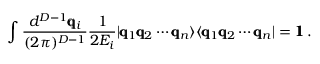
\int \frac { d ^ { D - 1 } \pmb { \mathrm { q } } _ { i } } { ( 2 \pi ) ^ { D - 1 } } \frac { 1 } { 2 E _ { i } } | \pmb { \mathrm { q } } _ { 1 } \pmb { \mathrm { q } } _ { 2 } \cdots \pmb { \mathrm { q } } _ { n } \rangle \langle \pmb { \mathrm { q } } _ { 1 } \pmb { \mathrm { q } } _ { 2 } \cdots \pmb { \mathrm { q } } _ { n } | = \pmb { 1 } \, .